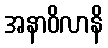
အနာဝိလာနိ